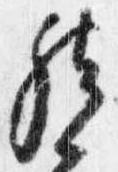
然